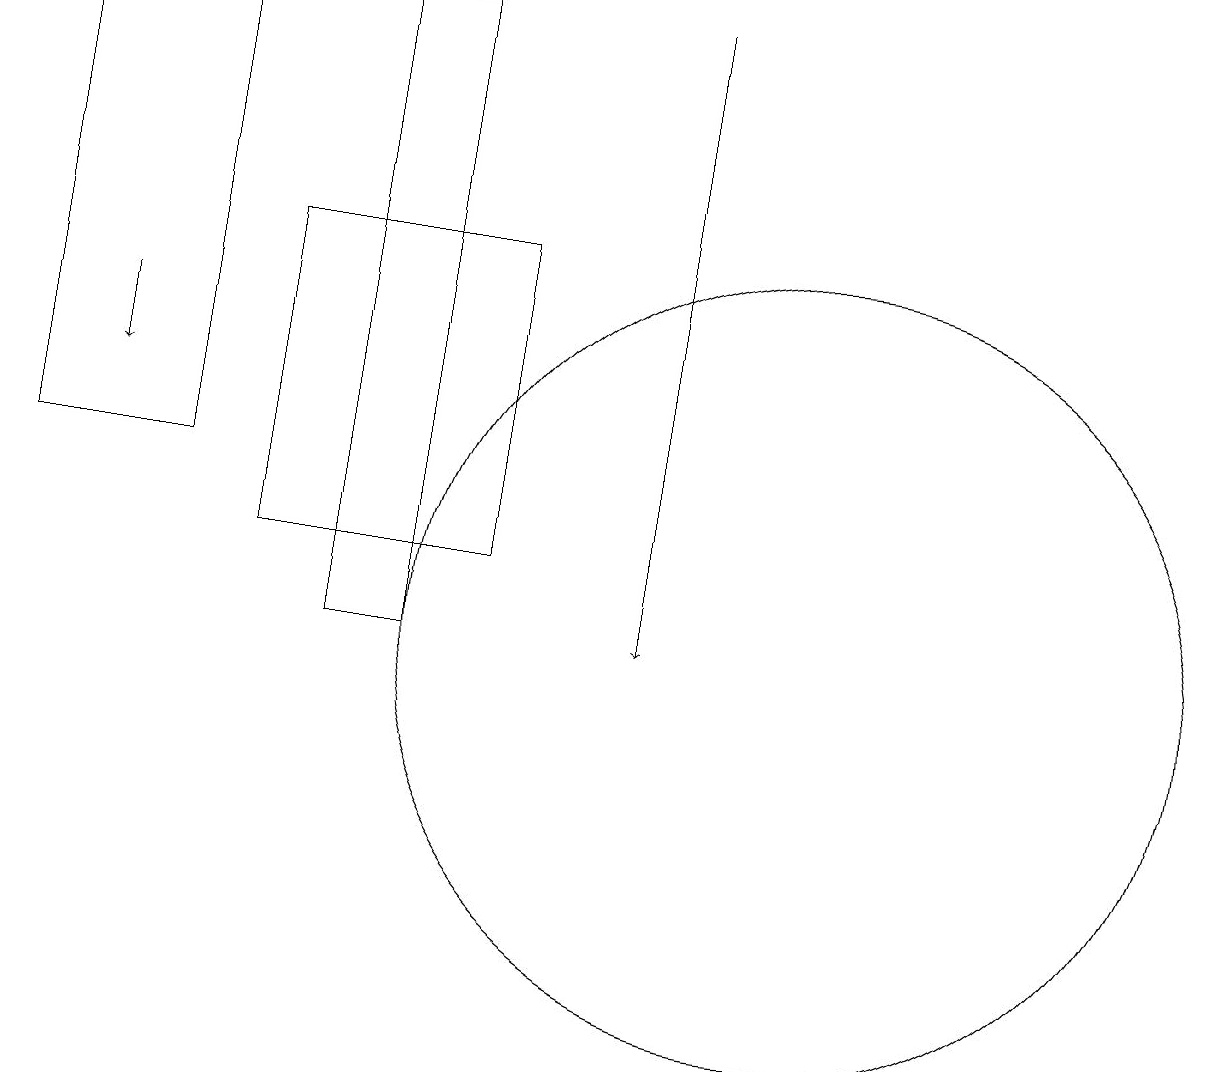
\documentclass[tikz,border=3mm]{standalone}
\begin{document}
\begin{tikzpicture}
\draw[->] (9,18) -- (9,10);
\draw (6,18) rectangle (5,10);
\draw (11,10) circle (5);
\draw (3,18) rectangle (1,12);
\draw[->] (2,14) -- (2,13);
\draw (4,11) rectangle (7,15);
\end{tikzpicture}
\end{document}